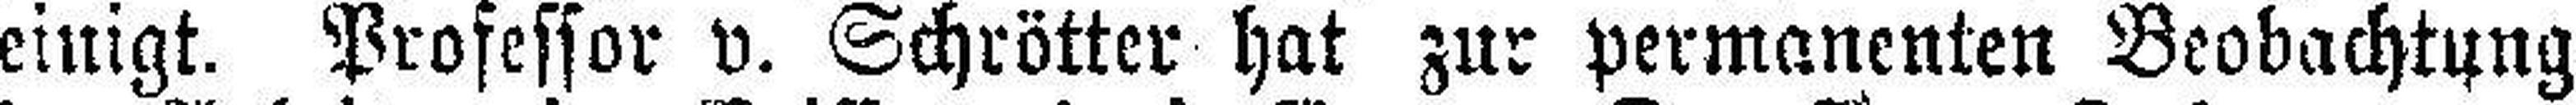
einigt. Professor v. Schrötter hat zur permanenten Beobachtung